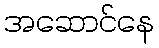
အဆောင်နေ